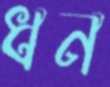
ধন